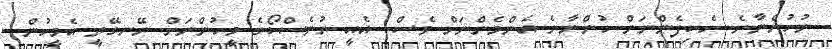
ނުހުންނާނެ. ހެކިފެންނަން ހުންނާނެ އެންމެންނަށް ވެސް. އެއީ ޔުނެސްކޯގެ މީހުންނަށް ނޭނގޭތީ އެމީހުން